system: You are a helpful assistant.
user:
Analyze the provided spectrum to determine if it is a **White Dwarf (WD)**.

A White Dwarf spectrum is defined by its **extreme purity** (due to gravitational settling) and/or **extreme pressure broadening** (due to high surface gravity). You must check for one of the following mutually exclusive signatures:

- **Key Visual Indicators (Check for ONE of these types):**

    - **1. DA-Type Signature (Most Common):**
        - **(Primary Feature):** Extreme pressure broadening (Stark broadening) of the **Hydrogen (H) Balmer lines**.
        - **(Key Lines):** $H\beta$ (approx. $4861$ Å) and $H\gamma$ (approx. $4340$ Å). $H\alpha$ (approx. $6563$ Å) will also be present if the wavelength range covers it.
        - **(Line Profile):** This is the **defining feature**. The lines are **NOT** sharp. They appear as massive, **extremely broad and deep "troughs" or "dips"** in the spectrum, often hundreds of Ångströms wide. The continuum will appear to "scoop" down at these wavelengths.
        - **(Distinction):** Normal A-type or B-type stars have *narrow* and *sharp* Hydrogen lines. A DA White Dwarf's lines are unmistakably "smeared" or "blurry" from pressure.

    - **2. DB-Type Signature:**
        - **(Primary Feature):** Broad absorption lines from **Neutral Helium (He I)**. The spectrum must lack any visible Hydrogen lines.
        - **(Key Lines):** Look for broad absorption near $4471$ Å, $4921$ Å, and $5876$ Å.
        - **(Line Profile):** These lines are also significantly pressure-broadened, appearing much wider than they would in a normal B-type main-sequence star.

    - **3. DC-Type Signature:**
        - **(Primary Feature):** A **featureless continuous spectrum**.
        - **(Line Profile):** The spectrum is a smooth curve with **no significant absorption or emission lines**.
        - **(Key Confirmation):** The continuum is almost always **blue or white**, indicating a hot object. This signature implies the atmosphere is so pure (or so cool) that no spectral lines are visible in the optical range. Its WD identity is confirmed by its extremely low intrinsic brightness (high absolute magnitude).

    - **4. DZ-Type Signature (Metal-Polluted):**
        - **(Primary Feature):** **Isolated, narrow metal absorption lines** on an otherwise featureless (DC-like) continuum.
        - **(Key Lines):** The **Calcium (Ca II) H & K doublet** (approx. **$3934$ Å** and **$3968$ Å**) is the most common and defining feature.
        - **(Line Profile):** These lines are "out of place." They are *not* part of a "forest" of thousands of lines. This signature is evidence of recent *accretion* (pollution) from rocky debris.
        - **(Distinction):** Normal G/K/M stars have a *dense forest* of thousands of metal lines. A DZ has a *clean* continuum with *only a few* strong metal lines.

    - **5. DQ-Type Signature (Carbon-Polluted):**
        - **(Primary Feature):** Absorption bands from **Carbon (C₂ "Swan Bands" or atomic C I)**.
        - **(Key Lines - C₂):** Look for bandheads with a "saw-tooth" shape near $5635$ Å, **$5165$ Å** (strongest), and $4737$ Å.
        - **(Key Confirmation):** The underlying **continuum must be blue or white** (hot).
        - **(Distinction):** This is the critical difference from a **Carbon Star**, which has the *exact same* C₂ bands but on an extremely **red, cool** continuum.

- **(Overall Spectrum):**
    - The continuum (overall shape) is typically **blue-sloping** (brighter in the blue than the red), as most white dwarfs are very hot.
    - The spectrum will look "pure" or "simple," dominated by only *one* of the five signatures listed above.

Think first, call **spectral_visualization_tool** if needed to examine features in detail, then provide your final answer. Your response must adhere to the following strict rules:
1.  **Overall Structure:** Your response must follow the format `<think>...</think> <tool_call>...</tool_call> (if a tool is used) <answer>...</answer>`.
2.  **Tool Usage Constraint:** You may only make **one** tool call per turn.
3.  **Final Answer Format:** In the `<answer>` tag, your conclusion must be inside a `\boxed{}` command (e.g., `\boxed{YES}` or `\boxed{NO}`), followed by your justification.

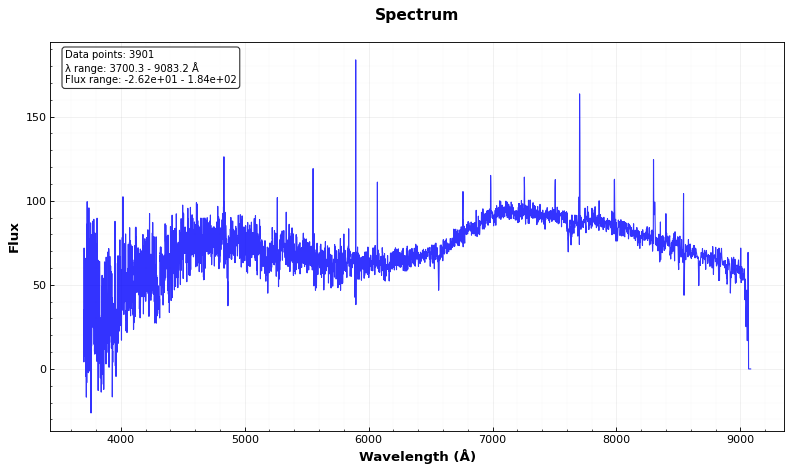
Answer: NO